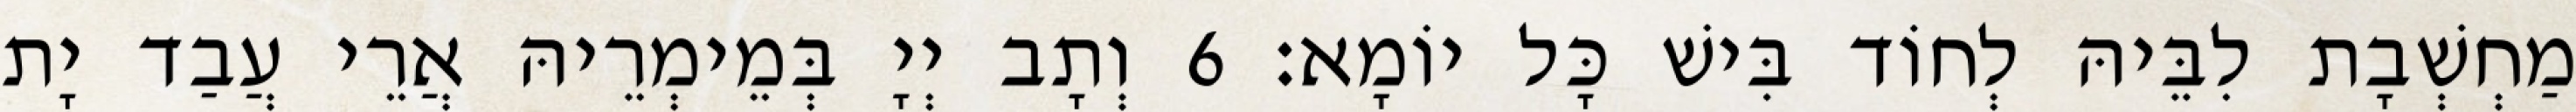
מַחְשְׁבָת לִבֵּיהּ לְחוֹד בִּישׁ כָּל יוֹמָא׃ 6 וְתָב יְיָ בְּמֵימְרֵיהּ אֲרֵי עֲבַד יָת